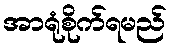
အာရုံစိုက်ရမည်